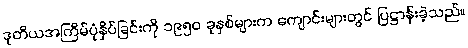
ဒုတိယအကြိမ်ပုံနှိပ်ခြင်းကို ၁၉၅၀ ခုနှစ်များက ကျောင်းများတွင် ပြဋ္ဌာန်းခဲ့သည်။